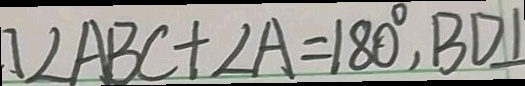
\angle A B C + \angle A = 1 8 0 ^ { \circ } , B D \bot